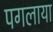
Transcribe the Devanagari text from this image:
पगलाया